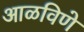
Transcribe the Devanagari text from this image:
आळविणे